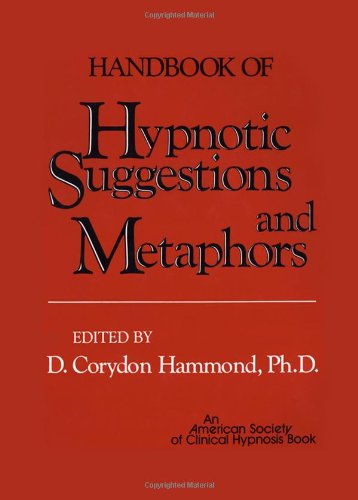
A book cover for Handbook of Hypnotic Suggestions and Metaphors; Health, Fitness & Dieting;